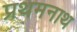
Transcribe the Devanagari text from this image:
प्रथमनाथ